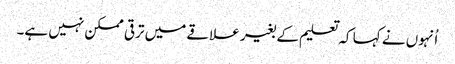
اُنہوں نے کہا کہ تعلیم کے بغیر علاقے میں ترقی ممکن نہیں ہے۔